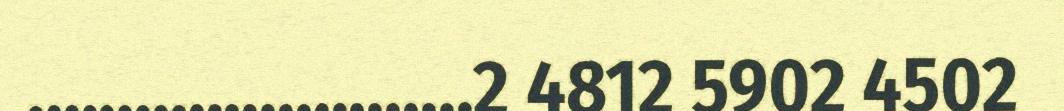
.........................2 4812 5902 4502